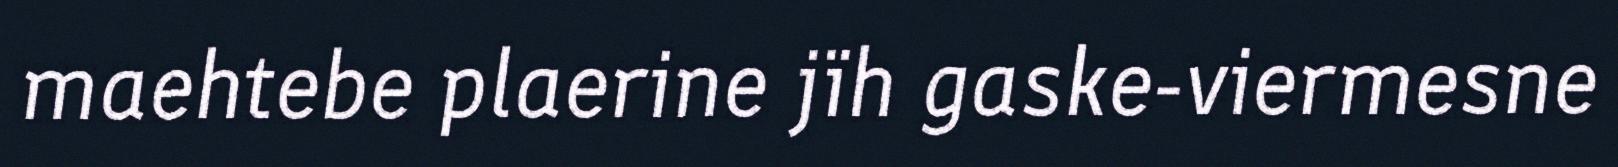
maehtebe plaerine jïh gaske-viermesne